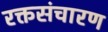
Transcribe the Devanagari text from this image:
रक्तसंचारण